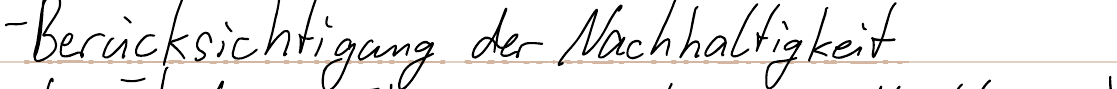
- Berücksichtigung der Nachhaltigkeit